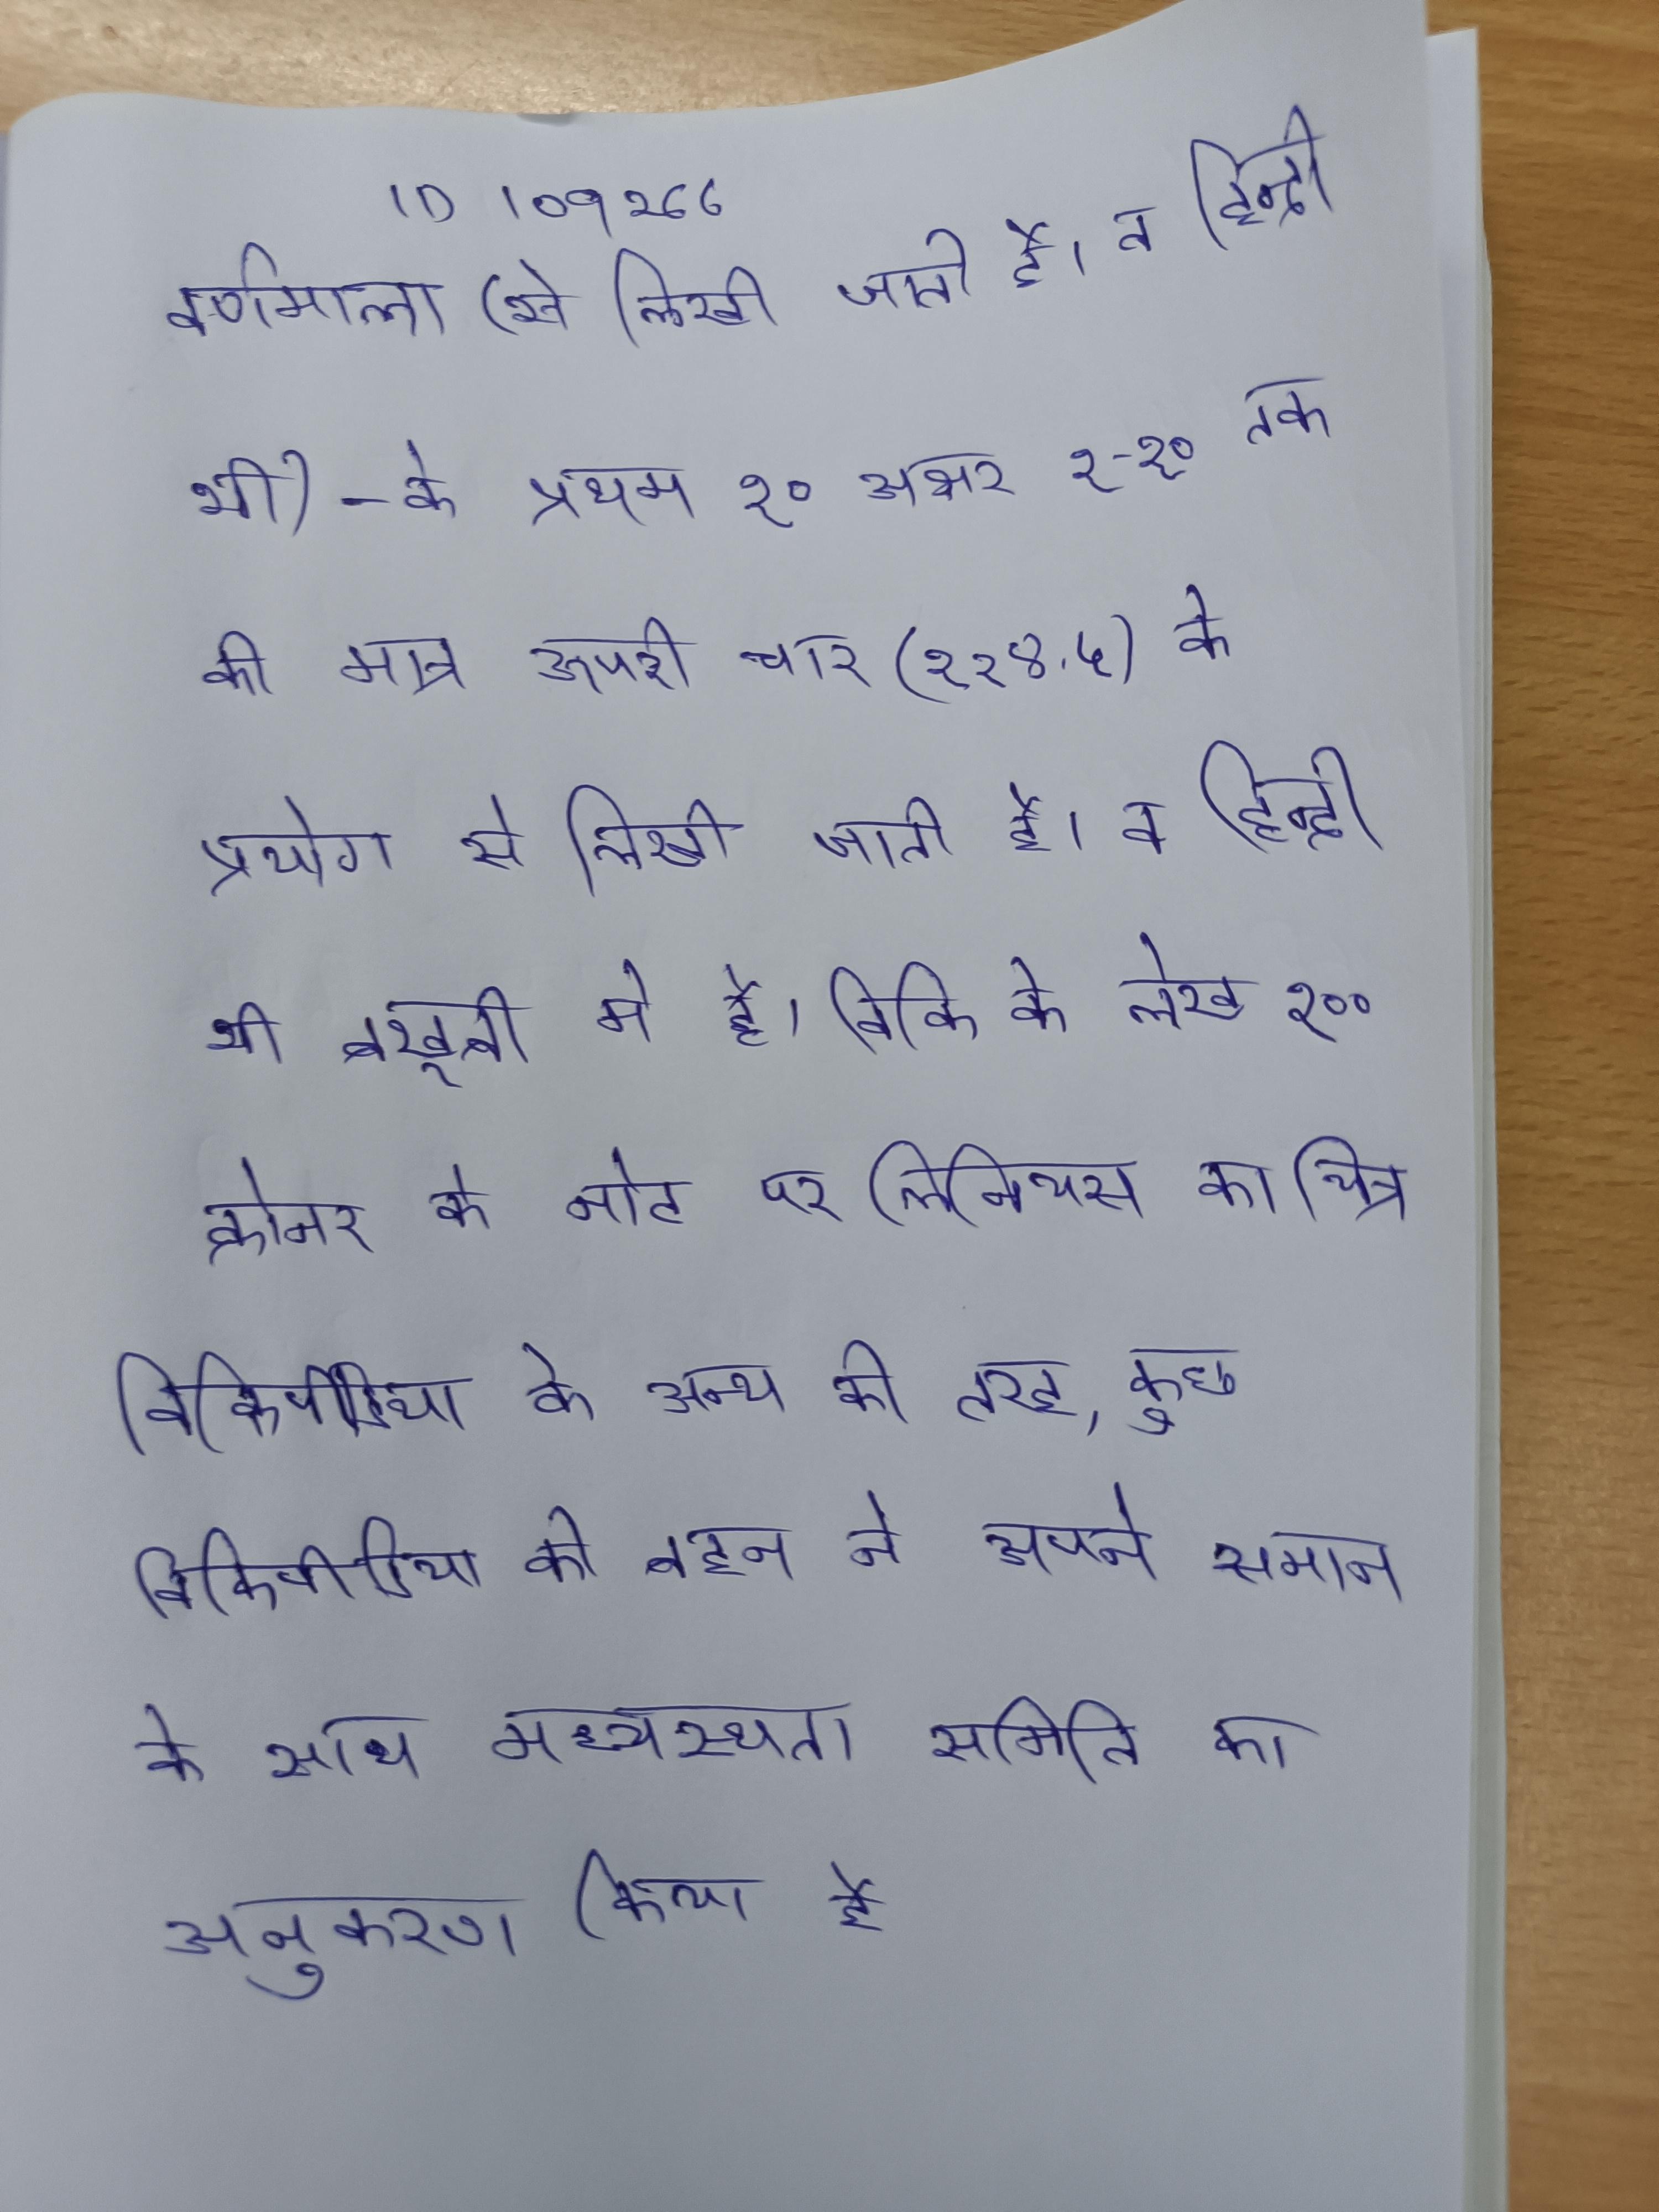
वर्णमाला के प्रथम १० अक्षर १-१० तक की मात्र ऊपरी चार (१,२,४ ५) के प्रयोग से लिखी जाती है । व हिन्दी भी बखूबी प्रयोग मे है । विकि के लेख १०० क्रोनर के नोट पर लिनियस का चित्र । विकिपीडिया के अन्य की तरह, कुछ विकिपीडिया की बहन ने अपने समान के साथ मध्यस्थता समिति का अनुकरण किया है ।